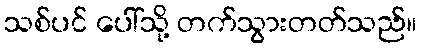
သစ်ပင် ပေါ်သို့ တက်သွားတတ်သည်။